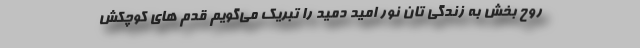
روح بخش به زندگی تان نور امید دمید را تبریک می‌گویم قدم های کوچکش